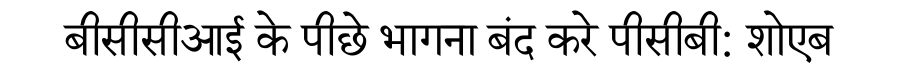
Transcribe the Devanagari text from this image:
बीसीसीआई के पीछे भागना बंद करे पीसीबी: शोएब